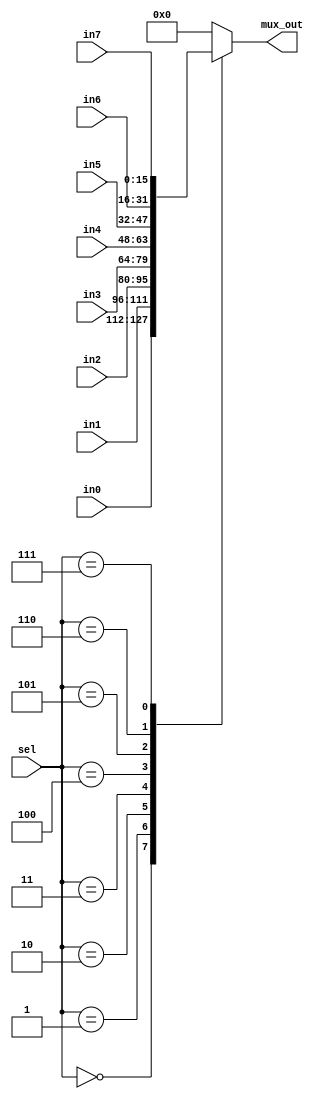
module mux16 #(parameter WIDTH=16) (
    input wire  [WIDTH - 1 : 0]    in0,    
    input wire  [WIDTH - 1 : 0]    in1,    
    input wire  [WIDTH - 1 : 0]    in2,    
    input wire  [WIDTH - 1 : 0]    in3,    
    input wire  [WIDTH - 1 : 0]    in4,    
    input wire  [WIDTH - 1 : 0]    in5,    
    input wire  [WIDTH - 1 : 0]    in6,    
    input wire  [WIDTH - 1 : 0]    in7,    
    input wire  [ 3: 0]        sel,    
    output reg  [WIDTH - 1 : 0]    mux_out    
  );

  always @(*) begin
    case(sel)
      4'b0000:    mux_out = in0;
      4'b0001:    mux_out = in1;
      4'b0010:    mux_out = in2;
      4'b0011:    mux_out = in3;
      4'b0100:    mux_out = in4;
      4'b0101:    mux_out = in5;
      4'b0110:    mux_out = in6;
      4'b0111:    mux_out = in7;
      default:    mux_out = 16'h0000;  
    endcase
  end
endmodule